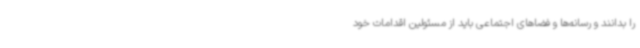
را بدانند و رسانه‌ها و فضاهای اجتماعی باید از مسئولین اقدامات خود